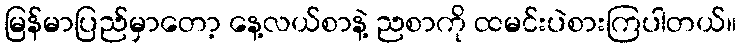
မြန်မာပြည်မှာတော့ နေ့လယ်စာနဲ့ ညစာကို ထမင်းပဲစားကြပါတယ်။